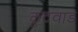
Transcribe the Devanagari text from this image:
कुटवाड